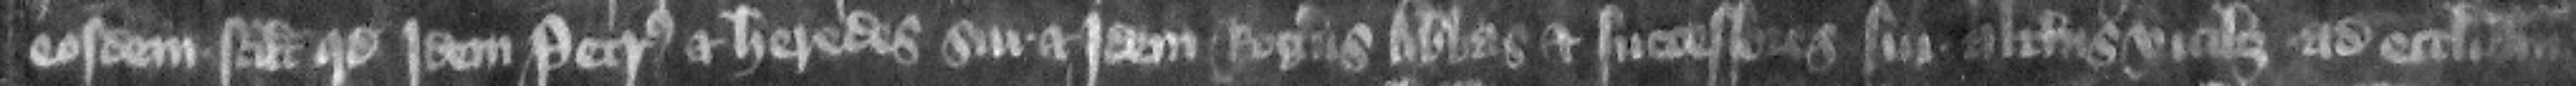
eosdem scilicet quod idem Petrus et heredes sui et idem Rogers abbas et successores sui alternis vicibus ad ecclesiam